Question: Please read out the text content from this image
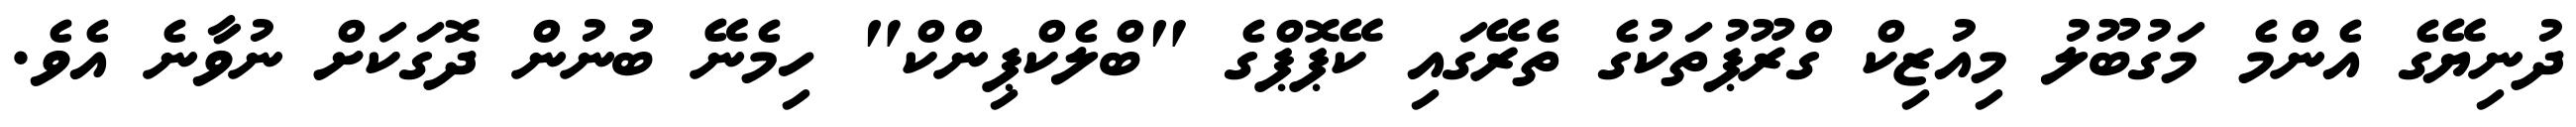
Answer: ދުނިޔޭގެ އެންމެ މަގުބޫލު މިއުޒިކް ގްރޫޕުތަކުގެ ތެރޭގައި ކޭޕޮޕްގެ "ބްލެކްޕިންކް" ހިމެނޭ ބުނުން ދޮގަކަށް ނުވާނެ އެވެ.